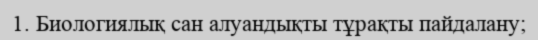
1. Биологиялық сан алуандықты тұрақты пайдалану;